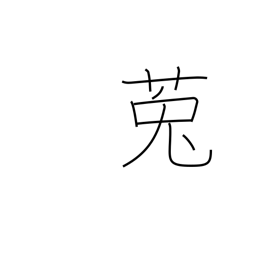
Meaning: dodder (plant)